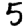
Digit: 5